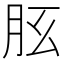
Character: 𦙘